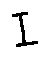
I